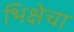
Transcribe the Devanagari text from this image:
भिक्षेचा